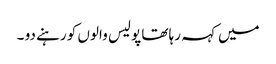
میں کہہ رہا تھا پولیس والوں کو رہنے دو ۔